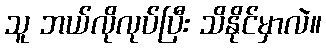
သူ ဘယ်လိုလုပ်ပြီး သိနိုင်မှာလဲ။